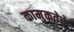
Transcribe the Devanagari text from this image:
कामुकतेचे